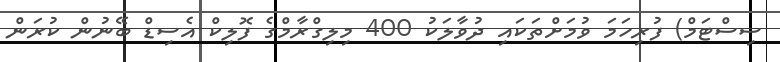
ސިސްޓަމް) ފުރިހަމަ ވުމަށްތަކައި ދުވާލަކު 400 މިލިގްރާމްގެ ފޮލިކް އެސިޑް ބޭނުން ކުރަން